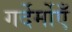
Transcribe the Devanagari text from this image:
गर्देर्मोएँ